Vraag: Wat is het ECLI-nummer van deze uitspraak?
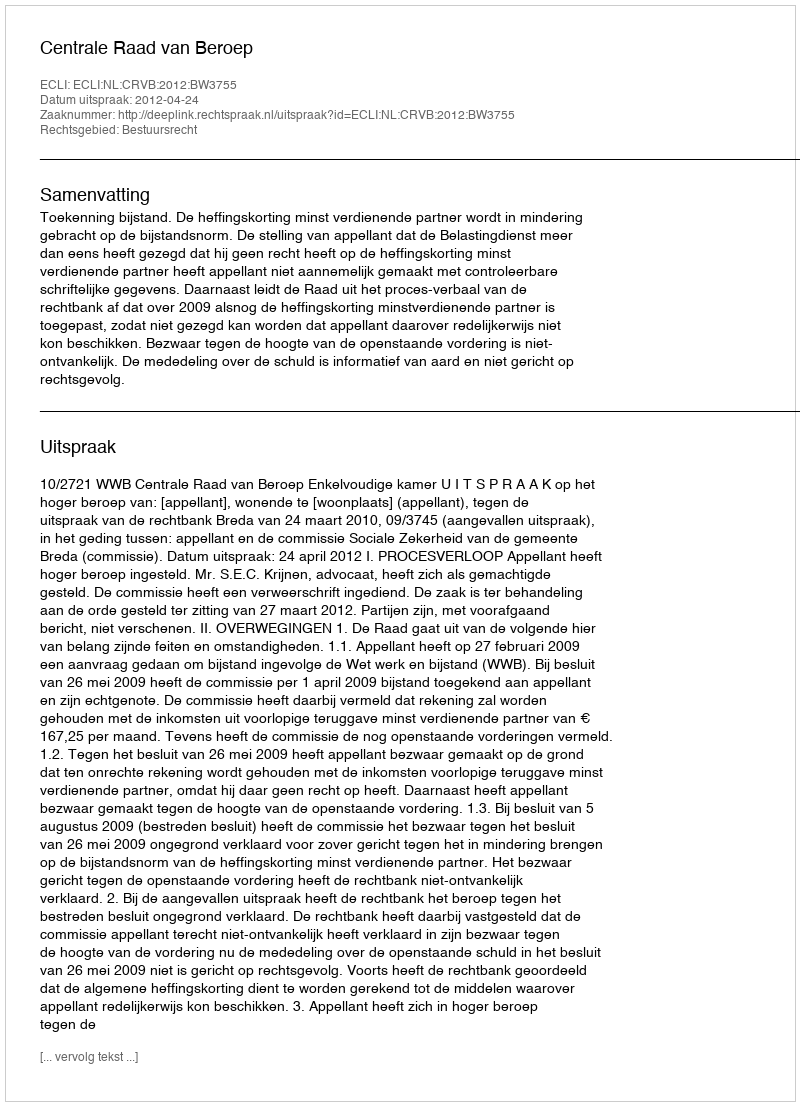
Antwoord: ECLI:NL:CRVB:2012:BW3755